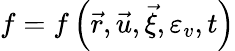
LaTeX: f=f\left({{\vec{r}},{\vec{u}},{\vec{\xi}},{\varepsilon_{v}},t}\right)